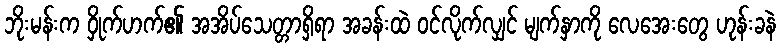
ဘိုးမန်းက ဝှိုက်ဟက်၏ အအိပ်သေတ္တာရှိရာ အခန်းထဲ ဝင်လိုက်လျှင် မျက်နှာကို လေအေးတွေ ဟုန်းခနဲ